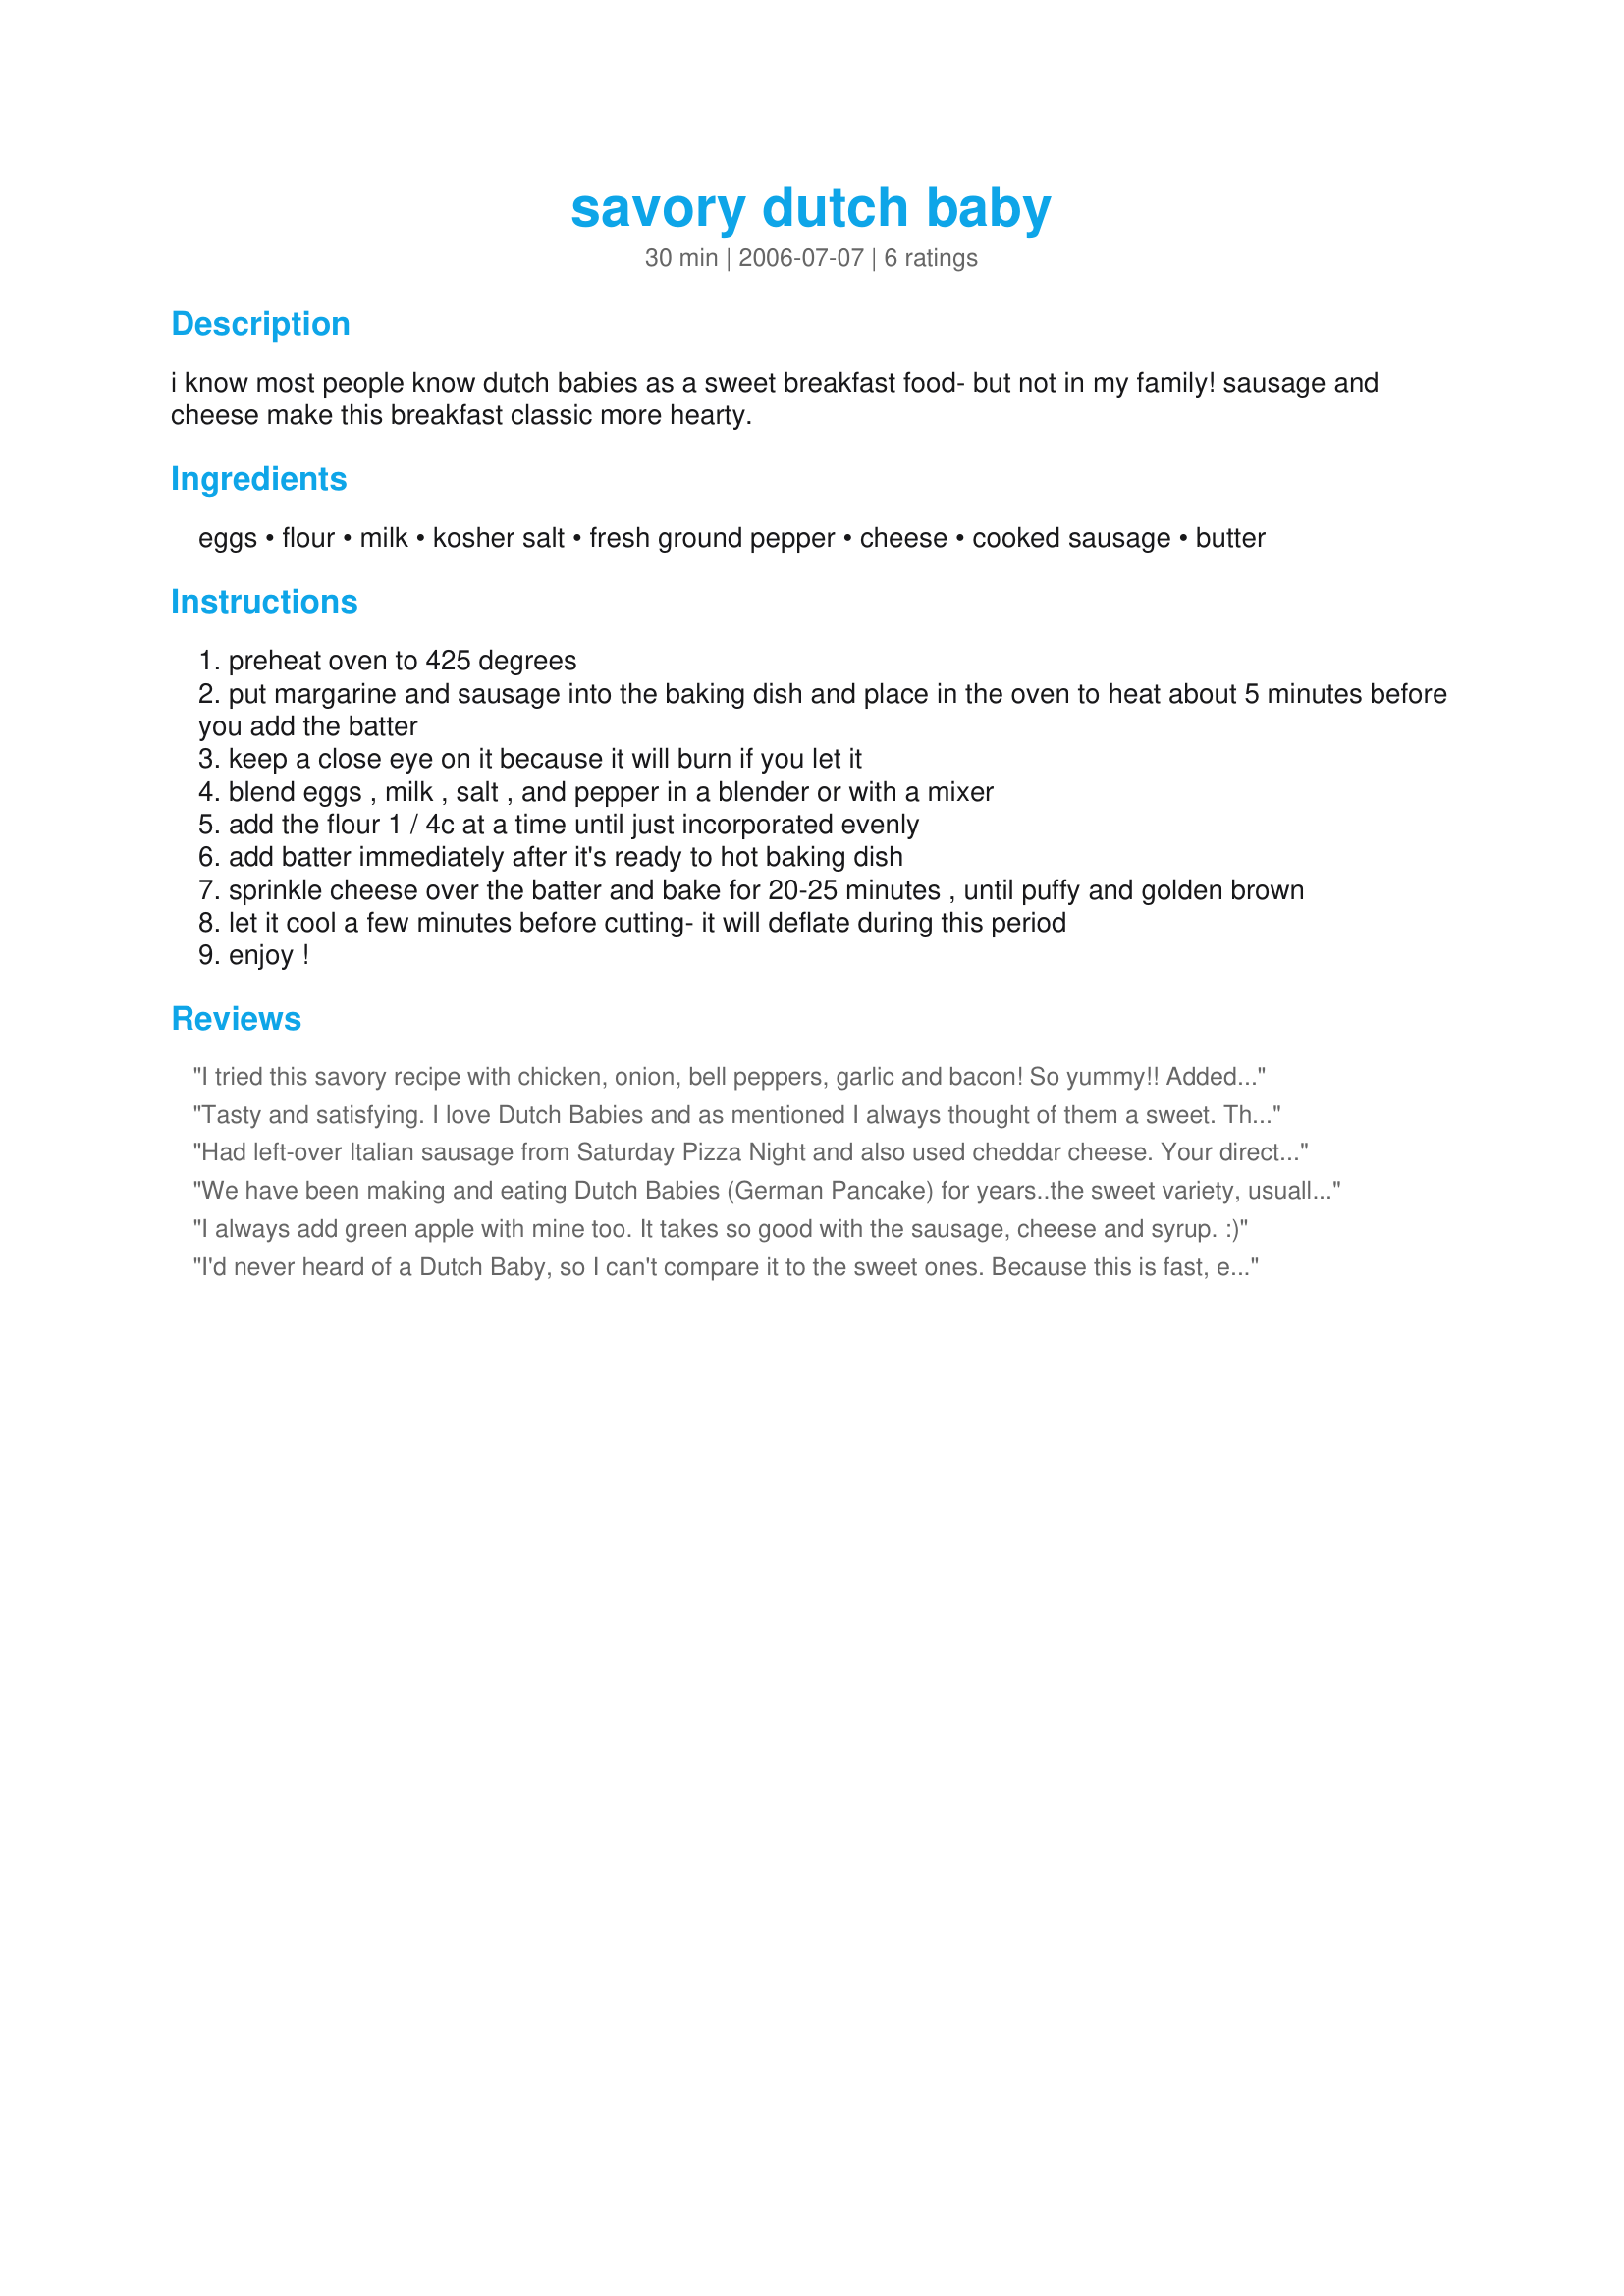
savory dutch baby
Preparation time: 30 minutes

i know most people know dutch babies as a sweet breakfast food- but not in my family! sausage and cheese make this breakfast classic more hearty.

Ingredients:
eggs, flour, milk, kosher salt, fresh ground pepper, cheese, cooked sausage, butter

Steps:
preheat oven to 425 degrees
put margarine and sausage into the baking dish and place in the oven to heat about 5 minutes before you add the batter
keep a close eye on it because it will burn if you let it
blend eggs , milk , salt , and pepper in a blender or with a mixer
add the flour 1 / 4c at a time until just incorporated evenly
add batter immediately after it's ready to hot baking dish
sprinkle cheese over the batter and bake for 20-25 minutes , until puffy and golden brown
let it cool a few minutes before cutting- it will deflate during this period
enjoy !

Reviews:
I tried this savory recipe with chicken, onion, bell peppers, garlic and bacon! So yummy!! Added 3 eggs, 3/4 cup gluten free flour mix, 1/2 cup almond milk, salt, pepper, red pepper flakes, garlic powder and onion salt. So good!!!30 minutes! Gluten and dairy free too!!!!
Tasty and satisfying. I love Dutch Babies and as mentioned I always thought of them a sweet. The problem is the sweet ones don't fill me up. This one did! I'm happy to have stumbled upon this recipe!
Had left-over Italian sausage from Saturday Pizza Night and also used cheddar cheese. Your directions resulted in a fluffy and perfectly textured Dutch Baby. My wife used a little maple syrup on hers and it was suprisingly good. Will be a regular on our breakfast table. Thanks for posting...Had to come back and rave about this breakfast again. We've served this to guests many times now and always get raves. If you are reading this review, this is a 10 star recipe you have to try (try maple syrup or hot sauce on top). Thanks again for one of our most used breakfasts.
We have been making and eating Dutch Babies (German Pancake) for years..the sweet variety, usually with syrup and sometimes with fruit, using the blender method and cast iron skillet. This recipe intrigued me so we had it today and it was delicious! I took your advice about the blending and it was wonderfully fluffy. I gave it a four star but my usually egg hating husband said give it a FIVE! THANK YOU Ps. It didn't collapse!
I always add green apple with mine too. It takes so good with the sausage, cheese and syrup. :)
I'd never heard of a Dutch Baby, so I can't compare it to the sweet ones. Because this is fast, easy, and tasty, it will be making a reappearance at our Sunday morning table. The other half just loved it. It even makes for great leftovers the next morning. Just microwave on high for 30 seconds per serving (1000 watt microwave) and it's almost as good as when it came out of the oven.
